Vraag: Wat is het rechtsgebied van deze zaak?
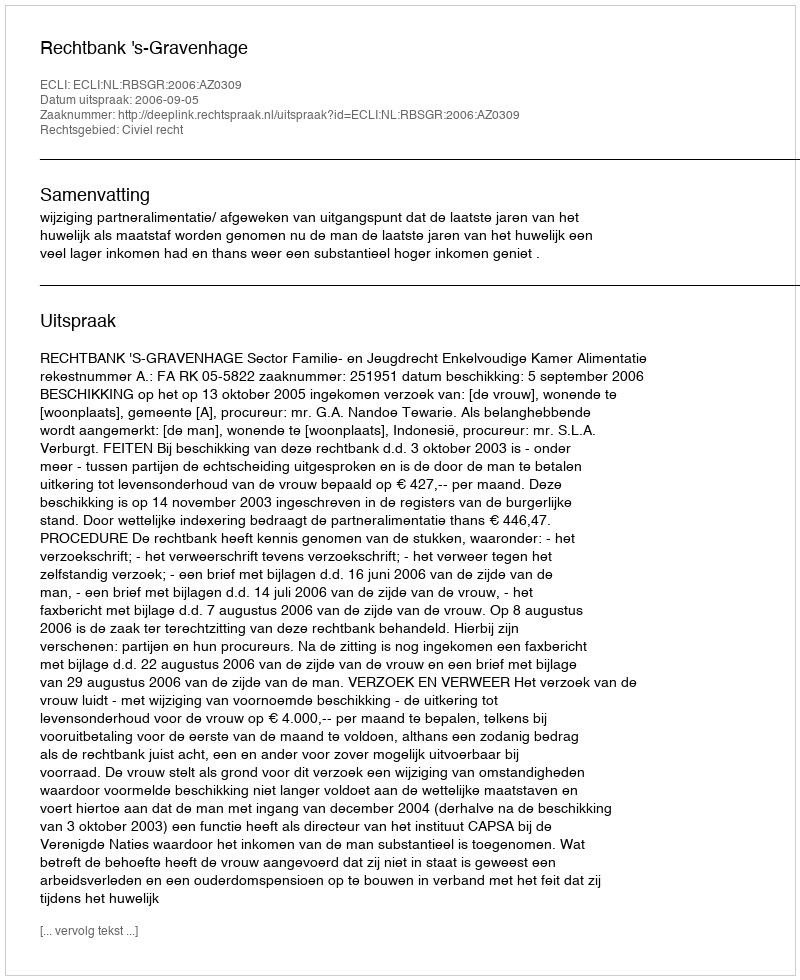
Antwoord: Civiel recht